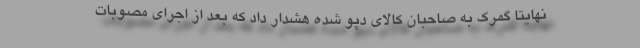
نهایتا گمرک به صاحبان کالای دپو شده هشدار داد که بعد از اجرای مصوبات